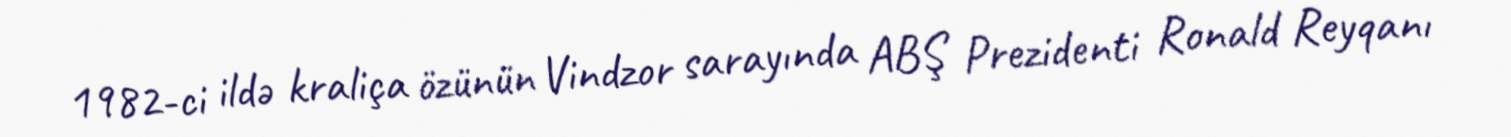
1982-ci ildə kraliça özünün Vindzor sarayında ABŞ Prezidenti Ronald Reyqanı